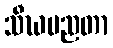
သီဃပညတာ